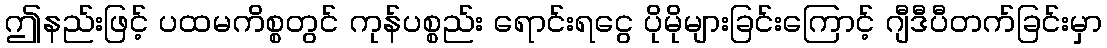
ဤနည်းဖြင့် ပထမကိစ္စတွင် ကုန်ပစ္စည်း ရောင်းရငွေ ပိုမိုများခြင်းကြောင့် ဂျီဒီပီတက်ခြင်းမှာ